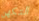
التكهن